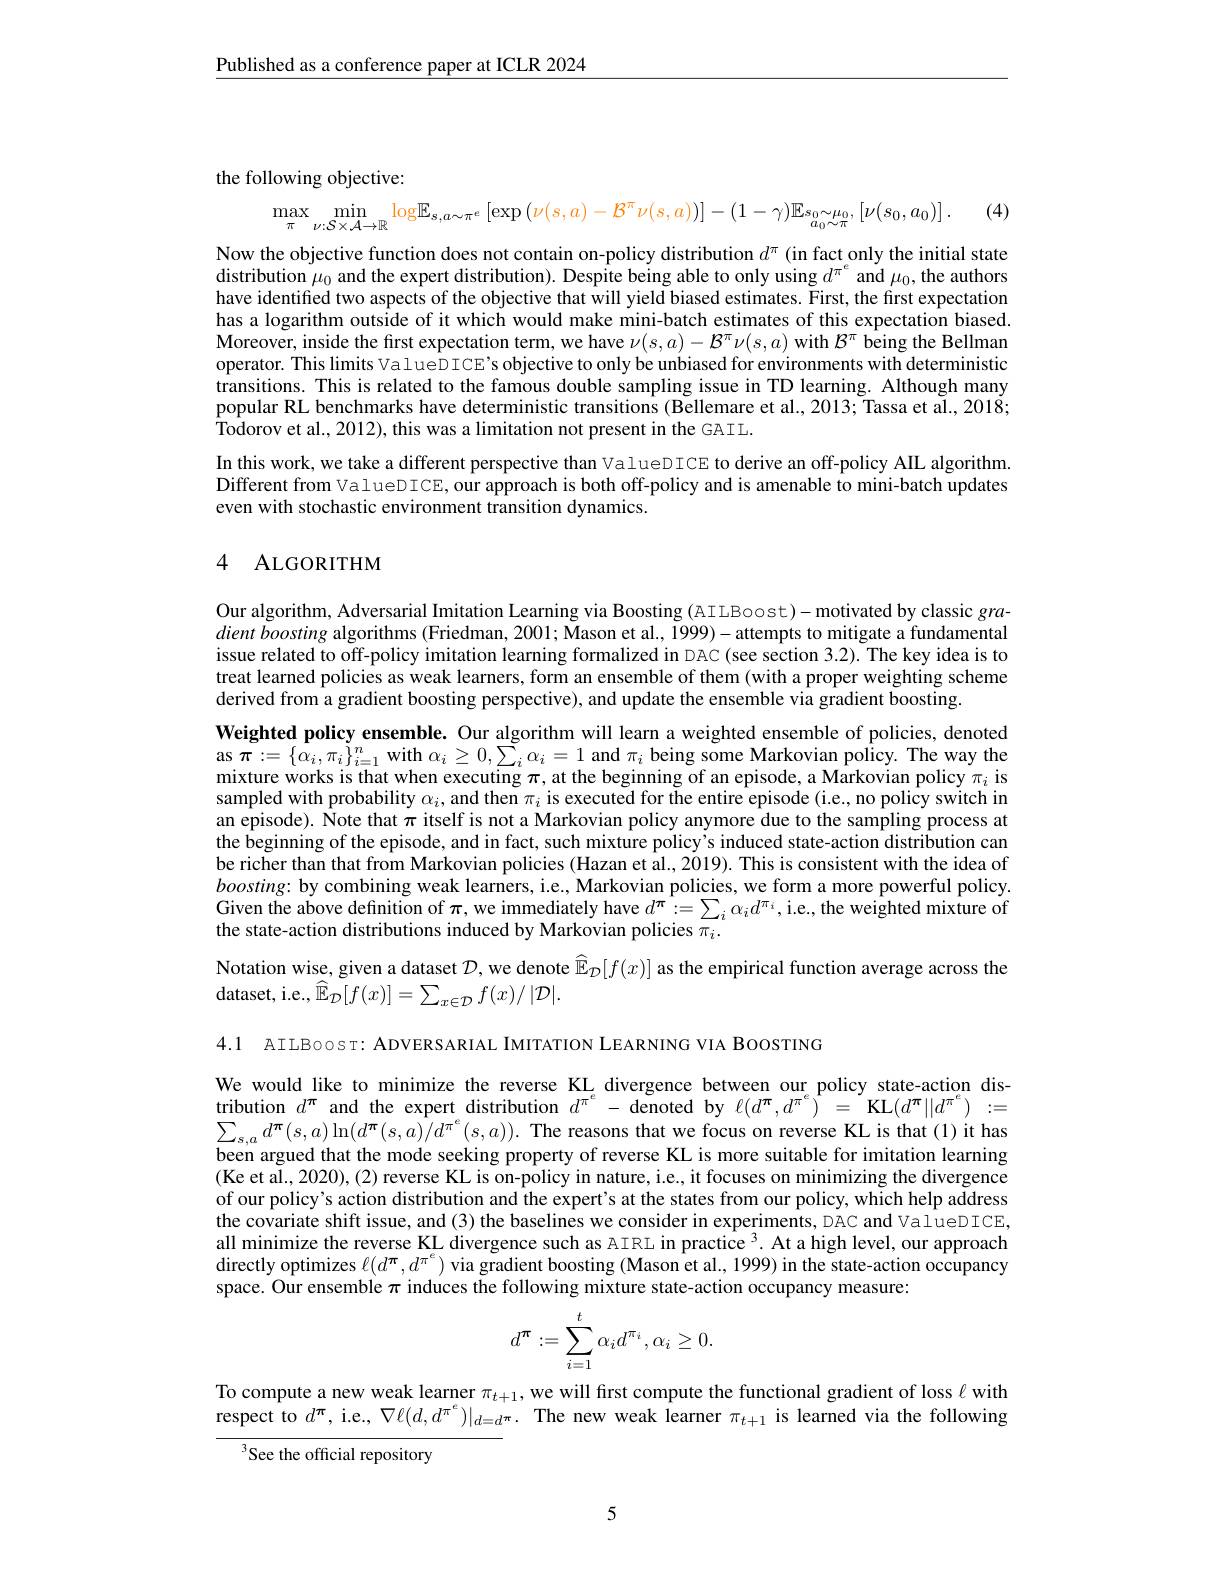
$\underline{\text{Published as a conference paper at ICLR 2024}}$

the following objective:

(4)
$$\max_{\pi}\min_{\nu:\mathcal{S}\times\mathcal{A}\to\mathbb{R}}\log\mathbb{E}_{s,a\sim\pi^{e}}\left[\exp\left(\nu(s,a)-\mathcal{B}^{\pi}\nu(s,a)\right)\right]-(1-\gamma)\mathbb{E}s_{0}\sim\mu_{0},\left[\nu(s_{0},a_{0})\right].$$
Now the objective function does not contain on-policy distribution $d^\pi$ (in fact only the initial state distribution $\mu_0$ and the expert distribution). Despite being able to only using $d^{\pi^e}$ and $\mu_0$,the authors have identified two aspects of the objective that will yield biased estimates. First, the first expectation has a logarithm outside of it which would make mini-batch estimates of this expectation biased. Moreover, inside the fırst expectation term, we have $\nu(s,a)-\mathcal{B}^\pi\nu(s,a)$ with $\mathcal{B}^\pi$ being the Bellman operator. This limits ValueDICE's objective to only be unbiased for environments with deterministic transitions. This is related to the famous double sampling issue in TD learning. Although many popular RL benchmarks have deterministic transitions (Bellemare et al., 2013; Tassa et al., 2018; Todorov et al., 2012), this was a limitation not present in the GAIL.
In this work, we take a different perspective than ValueDICE to derive an off-policy AIL algorithm. Different from ValueDICE, our approach is both off-policy and is amenable to mini-batch updates even with stochastic environment transition dynamics.

## 4 ALGORITHM

Our algorithm, Adversarial Imitation Learning via Boosting (AILBoost)- motivated by classic gra- $dient\textit{ boosting algorithms ( Friedman, 2001; Mason et al. , 1999) - attempts to mitigate a fundamental}$ issue related to off-policy imitation learning formalized in DAC (see section 3.2). The key idea is to treat learned policies as weak learners, form an ensemble of them (with a proper weighting scheme derived from a gradient boosting perspective), and update the ensemble via gradient boosting.
Weighted policy ensemble. Our algorithm will learn a weighted ensemble of policies, denoted as $\pi:=\{\alpha_{i},\pi_{i}\}_{i=1}^{n}$ with $\alpha_{i}\geq0,\sum_{i}\alpha_{i}=1$ and $\pi_{i}$ being some Markovian policy. The way the mixture works is that when executing $\pi$, at the beginning of an episode, a Markovian policy $\pi_i$ is sampled with probability $\alpha_i$, and then $\pi_i$ is executed for the entire episode (i.e., no policy switch in an episode). Note that $\pi$ itself is not a Markovian policy anymore due to the sampling process at the beginning of the episode, and in fact, such mixture policy's induced state-action distribution can be richer than that from Markovian policies (Hazan et al., 2019). This is consistent with the idea of $boosting:$ by combining weak learners, i.e., Markovian policies, we form a more powerful policy. Given the above definition of $\pi$,we immediately have $d^{\pi}:=\sum_i\alpha_id^{\pi_i}$,i.e.,the weighted mixture of the state-action distributions induced by Markovian policies $\pi_i.$
Notation wise, given a dataset $\mathcal{D}$, we denote $\hat{\mathbb{E} } _{\mathcal{D} }[ f( x) ]$ as the empirical function average across the

dataset, i.e., $\widehat{\mathbb{E}}_{\mathcal{D}}[f(x)]=\sum_{x\in\mathcal{D}}f(x)/|\mathcal{D}|.$

4.1 AILBoosт: ADVERSARIAL IMITATION LEARNING VIA BOOSTING

We would like to minimize the reverse KL divergence between our policy state-action distribution $d^\pi$ and the expert distribution $d^{\pi^e}-$ denoted by $\ell(d^{\pi},d^{\pi^e})^{\prime}=$ KL$(d^{\pi}||d^{\pi^e}):=$ $\sum_{s,a}d^{\boldsymbol{\pi}}(s,a)\ln(d^{\boldsymbol{\pi}}(s,a)/d^{\pi^{e}}(s,a)).$ The reasons that we focus on reverse KL is that (1) it has been argued that the mode seeking property of reverse KL is more suitable for imitation learning (Ke et al., 2020), (2) reverse KL is on-policy in nature, i.e., it focuses on minimizing the divergence of our policy's action distribution and the expert's at the states from our policy, which help address the covariate shift issue, and (3) the baselines we consider in experiments, DAC and ValueDICE, all minimize the reverse KL divergence such as AIRL in practice 3. At a high level, our approach directly optimizes $\ell(d^\pi,d^{\pi^e})$ via gradient boosting (Mason et al., 1999) in the state-action occupancy space. Our ensemble $\pi$ induces the following mixture state-action occupancy measure:
$$d^\pi:=\sum_{i=1}^t\alpha_id^{\pi_i},\alpha_i\ge0.$$
To compute a new weak learner $\pi_{t+1}$, we will first compute the functional gradient of loss $\ell$ with respect to $d^\pi$, i.e., $\nabla\ell(d,d^{\pi^e})|_{d=d^\pi}.$ The new weak learner $\pi_t+1$ is learned via the following
See the official repository

5